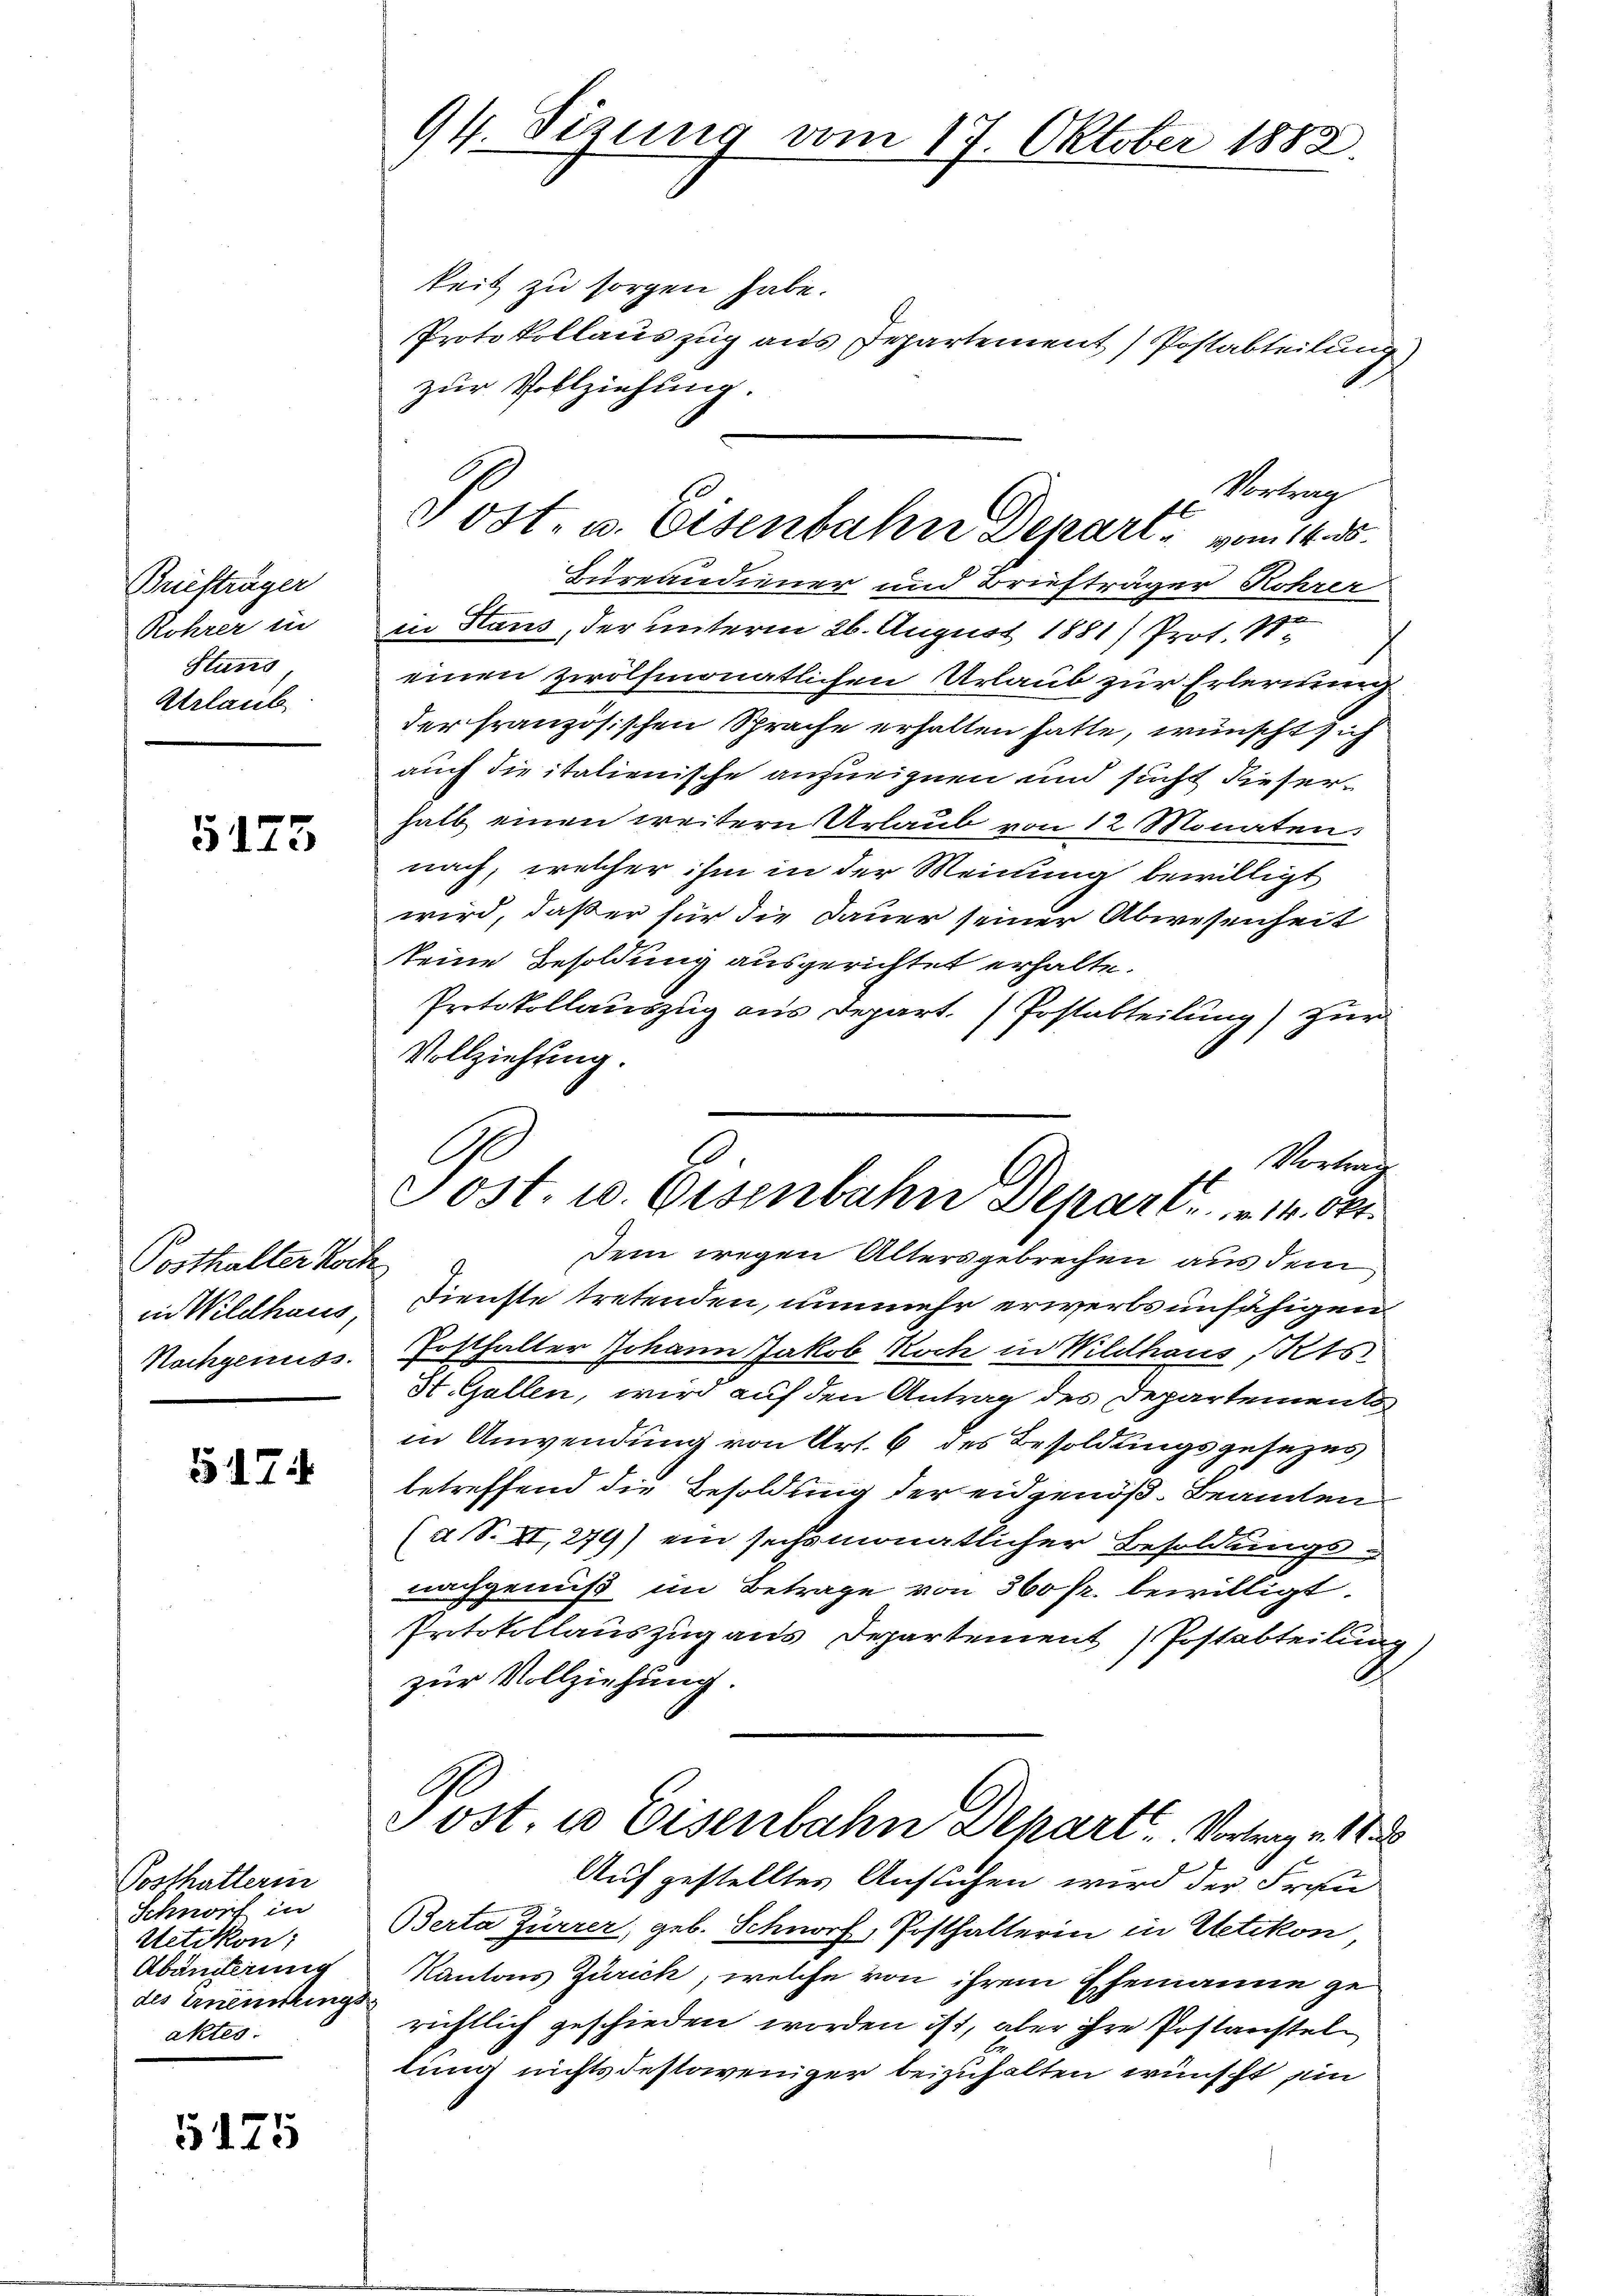
Briefträger
Rohrer in
Stund
Urlaub

5175

Posthalter Koch
in Wildhaus
Nachgenuss.

5174

Posthatterin
Schnorf in
Uetikon:
Abänderung
des Ernennthings
aktes.

5175

94. Sizung vom 17. Oktober 1882.

keit zu sorgen habe.
Protokollauszug aus Departement) Postabteilung
zur Vollziehung.
Bureaudiener und Briefträger Rohrer
e
in Haus, der unterm 26. August 1881) Prot. 18te
einen zwölfmonatlichen Urlaub zur Erlernung
der französischen Sprache erhalten hatte, wünscht ih
auch die italienische anzueignen und sucht dieser
halb einen weitern Urlaub von 12 Monaten
nach, welcher ihm in der Meinung bewilligt
wird, daß er für die Dauer seiner Abwesenheit
keine Besoldung ausgerichtet erhalte.
Protokollauszug aus Depart. Postabteilung) zur
Vollziehung.
Dem wegen Altersgebrechen aus dem
Dienste tretenden, nunmehr erwerbsunfähigen
Posthalter Johann Jakob Koch in Wildhaus Kts.
St. Gallen, wird auf den Antrag des Departements
in Anwendung von Art. 6 des Besoldungsgesezes
betreffend die Besoldung der eidgenöß. Beamten
(a S. XI, 279) ein sechsmonatlicher Besoldungsnachgenuß im Betrage von 360 fr. bewilligt.
Protokollauszug aus Departement Postabteilung
zur Vollziehung.
Jost, u Eisenbahn Depart. Vortrag e 1
Aufgestelltes Ansuchen wird der Frau
Berta Zürrer, geb. Schnorf, Posthalterin in Uetikon
Kantons Zürich, welche von ihrem Ehemanne gerichtlich geschieden worden ist, aber ihre Postanstel
tung nichts destoweniger beizuhalten wünscht ein

Vortrag
.
f
Post. u. Eisenbahn Depari vom 16. ds.

A
Vortrag
Post. u. Eisenbahn Depart. 14. Okt.